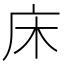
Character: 床